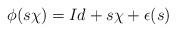
LaTeX: \begin{align*}\phi(s\chi)=Id+s\chi+\epsilon(s)\end{align*}